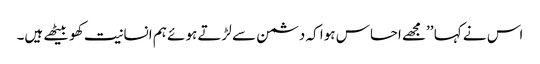
اس نے کہا ’’مجھے احساس ہوا کہ دشمن سے لڑتے ہوئے ہم انسانیت کھو بیٹھے ہیں۔